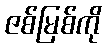
ဇစ်မြစ်ကို